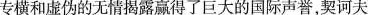
专横和虚伪的无情揭露赢得了巨大的国际声誉，契诃夫